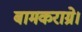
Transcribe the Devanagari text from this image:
बामकराग्रे।